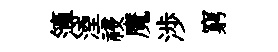
簿湮祲魔渉窮